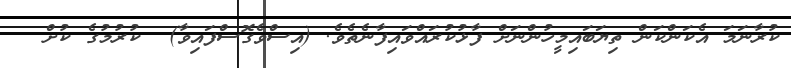
ކުރާނަމަ އެކަންކަން ތިޔަބައިމީހުންނަށް ފާޅުކުރައްވައިފާނެތެވެ. (އިސްވެގޮސްފައިވާ)  ކުރުމުގެ ކުށް